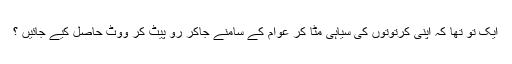
ایک تو تھا کہ اپنی کرتوتوں کی سیاہی مٹا کر عوام کے سامنے جاکر رو پیٹ کر ووٹ حاصل کیے جائیں ؟